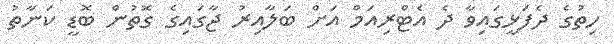
ހިތުގެ ދެފަޅީގައިވާ ދެ އެޓްރިއަމް އަށް ބަލާއިރު ޖާގައިގެ ގޮތުން ބޮޑީ ކަނާތު